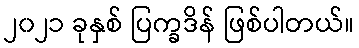
၂၀၂၁ ခုနှစ် ပြက္ခဒိန် ဖြစ်ပါတယ်။